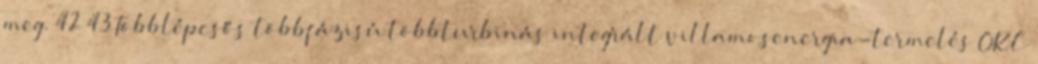
meg. 42 43 Többlépcsős többfázisú többturbinás integrált villamosenergia-termelés ORC